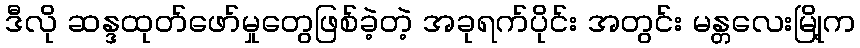
ဒီလို ဆန္ဒထုတ်ဖော်မှုတွေဖြစ်ခဲ့တဲ့ အခုရက်ပိုင်း အတွင်း မန္တလေးမြို့က